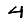
Digit: 4